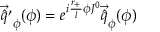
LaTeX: \vec { \hat { q } ^ { \prime } } _ { \phi } ( \phi ) = e ^ { i \frac { r _ { + } } { l } \phi J ^ { 0 } } \vec { \hat { q } } _ { \phi } ( \phi )